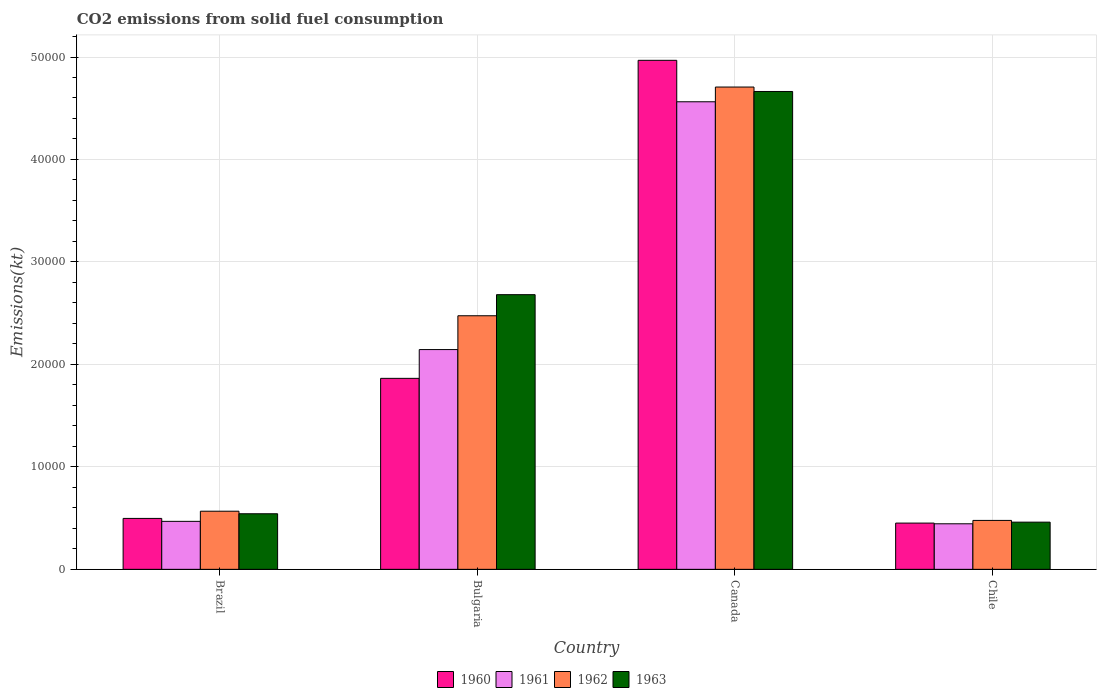
| Country | 1960 | 1961 | 1962 | 1963 |
 | --- | --- | --- | --- | --- |
 | Brazil | 4.97e+03 | 4.68e+03 | 5.67e+03 | 5.42e+03 |
 | Bulgaria | 1.86e+04 | 2.14e+04 | 2.47e+04 | 2.68e+04 |
 | Canada | 4.97e+04 | 4.56e+04 | 4.71e+04 | 4.66e+04 |
 | Chile | 4.51e+03 | 4.44e+03 | 4.77e+03 | 4.61e+03 |